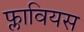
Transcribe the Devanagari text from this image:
फ्लावियस